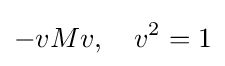
-vMv,\quad v^{2}=1